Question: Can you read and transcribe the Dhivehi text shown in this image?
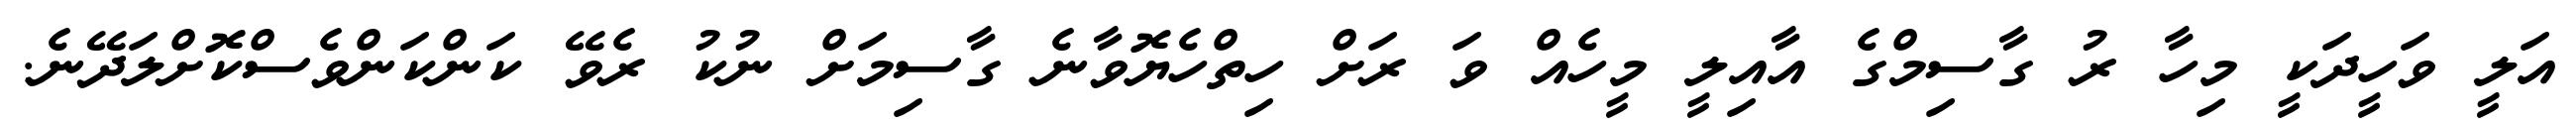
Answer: އަލީ ވަހީދަކީ މިހާ ރު ގާސިމްގެ އާއިލީ މީހެއް ވަ ރަށް ހިތްހެޔޮވާނެ ގާސިމަށް ނުކު ރެވޭ ކަންކަންވެސްކޮށްލަދޭނެ.